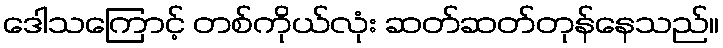
ဒေါသကြောင့် တစ်ကိုယ်လုံး ဆတ်ဆတ်တုန်နေသည်။